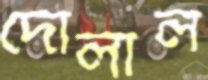
দোলাল